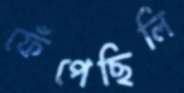
ফেঁপেছিলি